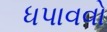
ધપાવવો